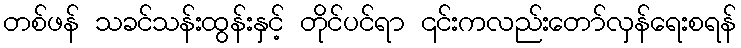
တစ်ဖန် သခင်သန်းထွန်းနှင့် တိုင်ပင်ရာ ၎င်းကလည်းတော်လှန်ရေးစရန်